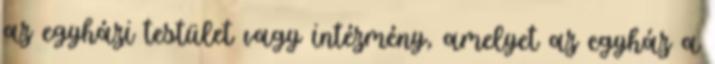
az egyházi testület vagy intézmény, amelyet az egyház a